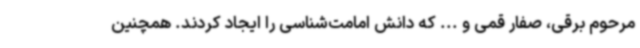
مرحوم برقی، صفار قمی و ... که دانش امامت‌شناسی را ایجاد کردند. همچنین